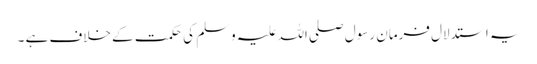
یہ استدلال فرمانِ رسول صلی اللہ علیہ وسلم کی حکمت کے خلاف ہے ۔